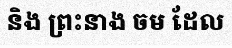
និង ព្រះនាង ចម ដែល